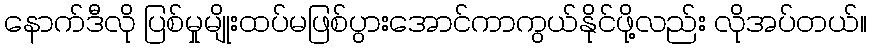
နောက်ဒီလို ပြစ်မှုမျိုးထပ်မဖြစ်ပွားအောင်ကာကွယ်နိုင်ဖို့လည်း လိုအပ်တယ်။